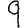
Digit: 9